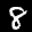
Label: 8